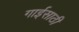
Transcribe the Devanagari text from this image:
गाईसाठी